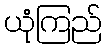
ယုံကြည်